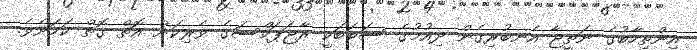
އިންތިހާބުގެ ނަތީޖާ އެނބުރިގެން ދިއުމުގެ ސަބަބަކީ ރާޖަޕަކްސަގެ ވެރިކަން އޮތް ގޮތް ކަމަށެވެ.